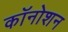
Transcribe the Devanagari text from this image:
कॉनोशन